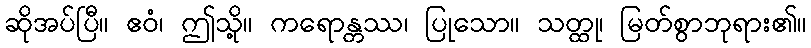
ဆိုအပ်ပြီ။ ဧဝံ၊ ဤသို့။ ကရောန္တဿ၊ ပြုသော။ သတ္ထု၊ မြတ်စွာဘုရား၏။